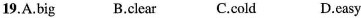
19.A.Big B.Clear C.Cold D.Easy